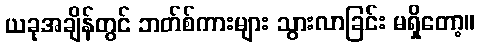
ယခုအချိန်တွင် ဘတ်စ်ကားများ သွားလာခြင်း မရှိတော့။